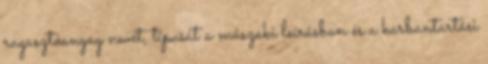
ragasztóanyag nevét, típusát a mûszaki leírásban és a karbantartási